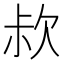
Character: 𣢰